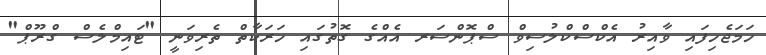
ހަމަޖެހިފައި ވާއިރު އެކްސްކްލުސިވް ސްޕޮންސަރ އެއްގެ ގޮތުގައި ހަރަކާތް ތެރިވަނީ "ޓައިމްލެސް ގްރޫޕް"